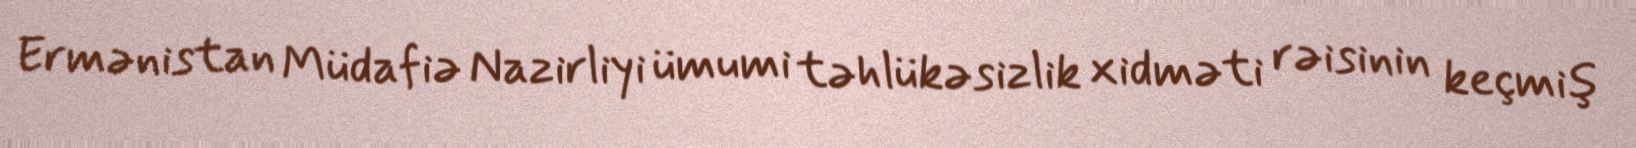
Ermənistan Müdafiə Nazirliyi ümumi təhlükəsizlik xidməti rəisinin keçmiş